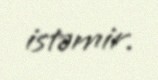
istəmir.